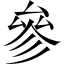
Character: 參